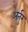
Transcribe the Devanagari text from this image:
अर्तुर